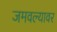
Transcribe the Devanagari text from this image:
जमवल्यावर